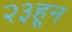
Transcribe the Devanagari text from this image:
२३हून